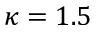
\kappa = 1 . 5